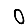
Digit: 0